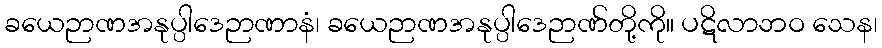
ခယေဉာဏအနုပ္ပါဒေဉာဏာနံ၊ ခယေဉာဏအနုပ္ပါဒေဉာဏ်တို့ကို။ ပဋိလာဘဝ သေန၊